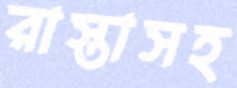
রাস্তাসহ